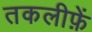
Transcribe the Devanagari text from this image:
तकलीफ़ें